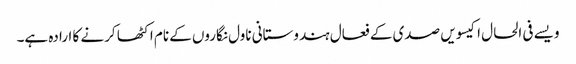
ویسے فی الحال اکیسویں صدی کے فعال ہندوستانی ناول نگاروں کے نام اکٹھا کرنے کا ارادہ ہے۔